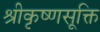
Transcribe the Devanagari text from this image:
श्रीकृष्णसूक्ति